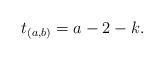
LaTeX: \begin{align*} t_{(a,b)}=a-2-k. \end{align*}